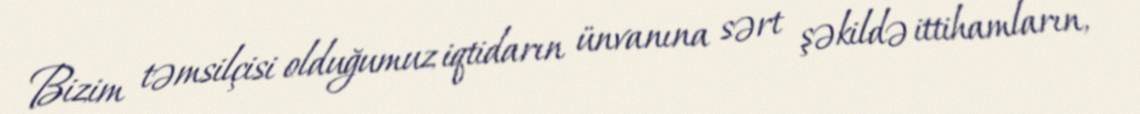
Bizim təmsilçisi olduğumuz iqtidarın ünvanına sərt şəkildə ittihamların,